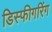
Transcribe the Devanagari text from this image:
डिस्फीगरिंग